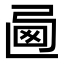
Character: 𢏩